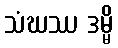
သံဃဿ ဒမ္မိ